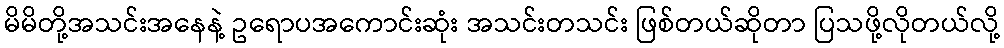
မိမိတို့အသင်းအနေနဲ့ ဥရောပအကောင်းဆုံး အသင်းတသင်း ဖြစ်တယ်ဆိုတာ ပြသဖို့လိုတယ်လို့